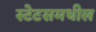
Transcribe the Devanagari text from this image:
स्टेटसमधील